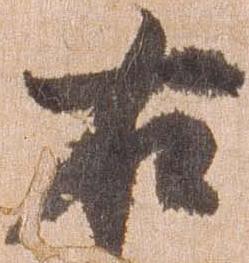
右